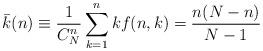
LaTeX: \begin{align*}\bar{k}(n)\equiv \frac{1}{C_N^n}\sum_{k=1}^n kf(n,k)=\frac{n(N-n)}{N-1}\end{align*}